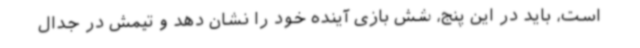
است، باید در این پنج، شش بازی آینده خود را نشان دهد و تیمش در جدال